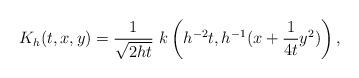
LaTeX: \begin{align*}K_h(t,x,y) = \frac1{\sqrt{2ht}}\ k\left(h^{-2}t,h^{-1}(x + \frac1{4t}y^2)\right),\end{align*}